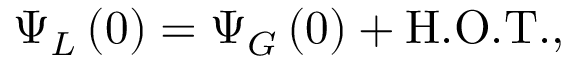
\Psi _ { L } \left( 0 \right) = \Psi _ { G } \left( 0 \right) + { \mathrm { H . O . T . } } ,